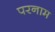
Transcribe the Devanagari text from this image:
परनाम